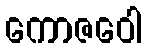
ကောဇဝေါ